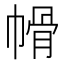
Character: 𭘱